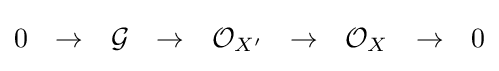
{\begin{matrix}0&\to &{\mathcal {G}}&\to &{\mathcal {O}}_{X'}&\to &{\mathcal {O}}_{X}&\to &0\end{matrix}}